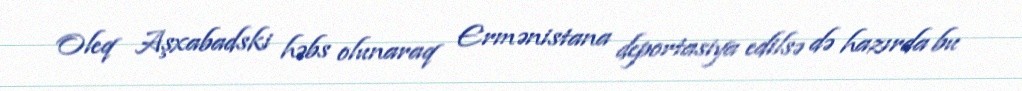
Oleq Aşxabadski həbs olunaraq Ermənistana deportasiya edilsə də hazırda bu